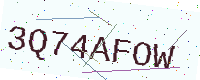
Text: 3Q74AFOW